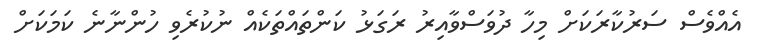
އެއްވެސް ސަރުކާރަކަށް މިހާ ދުވަސްވާއިރު ރަގަޅު ކަންތައްތަކެއް ނުކުރެވި ހުންނާނެ ކަމަކަށް